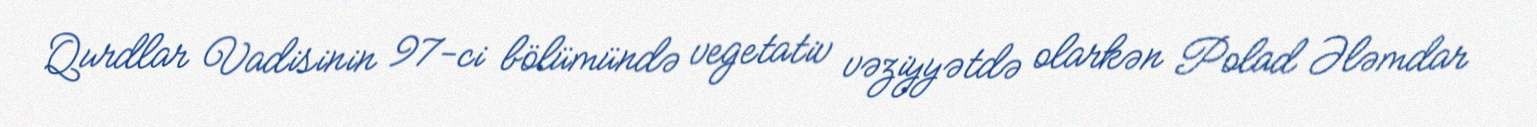
Qurdlar Vadisinin 97-ci bölümündə vegetativ vəziyyətdə olarkən Polad Ələmdar